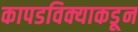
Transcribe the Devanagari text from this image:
कापडविक्याकडून